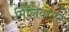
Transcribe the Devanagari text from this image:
मिलिवोल्ट